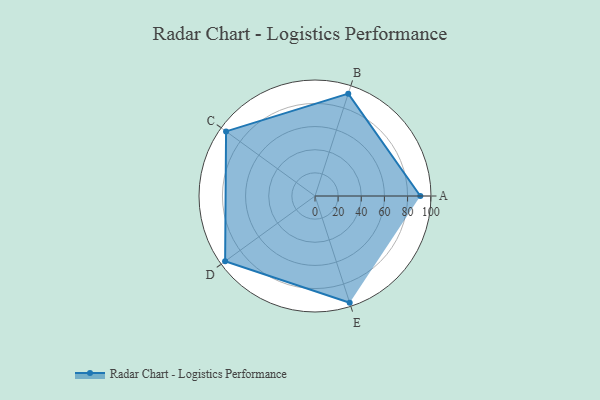
{"axis": {"x": "Skill", "y": "Score"}, "legend": ["Profile"], "data": [{"x": "A", "y": 91.0, "type": "Profile"}, {"x": "B", "y": 93.0, "type": "Profile"}, {"x": "C", "y": 95.0, "type": "Profile"}, {"x": "D", "y": 96.0, "type": "Profile"}, {"x": "E", "y": 97.0, "type": "Profile"}]}